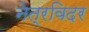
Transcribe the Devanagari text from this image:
नेत्रविदर